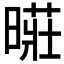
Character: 𱢢